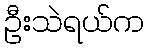
ဦးသဲရယ်က